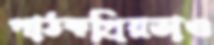
পাঠকপ্রিয়তাও